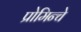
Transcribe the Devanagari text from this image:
प्रोमिन्चे